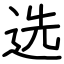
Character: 选